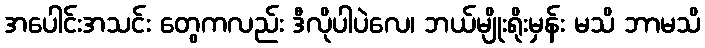
အပေါင်းအသင်း တွေကလည်း ဒီလိုပါပဲလေ၊ ဘယ်မျိုးရိုးမှန်း မသိ ဘာမသိ